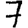
Digit: 7